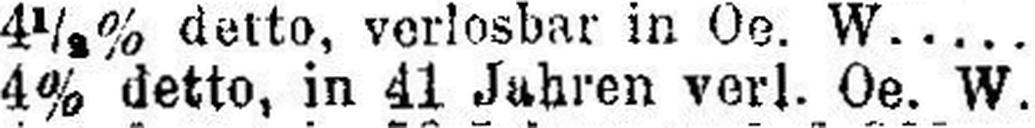
4% detto, in 41 Jahren verl. Oe. W..